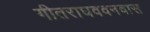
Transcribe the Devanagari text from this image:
गीतराघववनवास